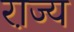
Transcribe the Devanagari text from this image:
रा़ज्य